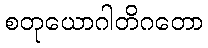
စတုယောဂါတိဂတော